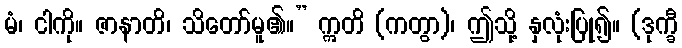
မံ၊ ငါကို။ ဇာနာတိ၊ သိတော်မူ၏။” ဣတိ (ကတွာ)၊ ဤသို့ နှလုံးပြု၍။ (ဒုက္ခီ